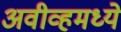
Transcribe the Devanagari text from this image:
अवीव्हमध्ये